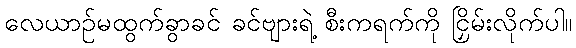
လေယာဉ်မထွက်ခွာခင် ခင်ဗျားရဲ့ စီးကရက်ကို ငြှိမ်းလိုက်ပါ။